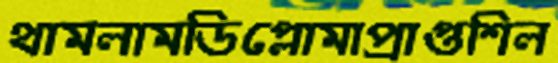
থামলামডিপ্লোমাপ্রাপ্তশিল